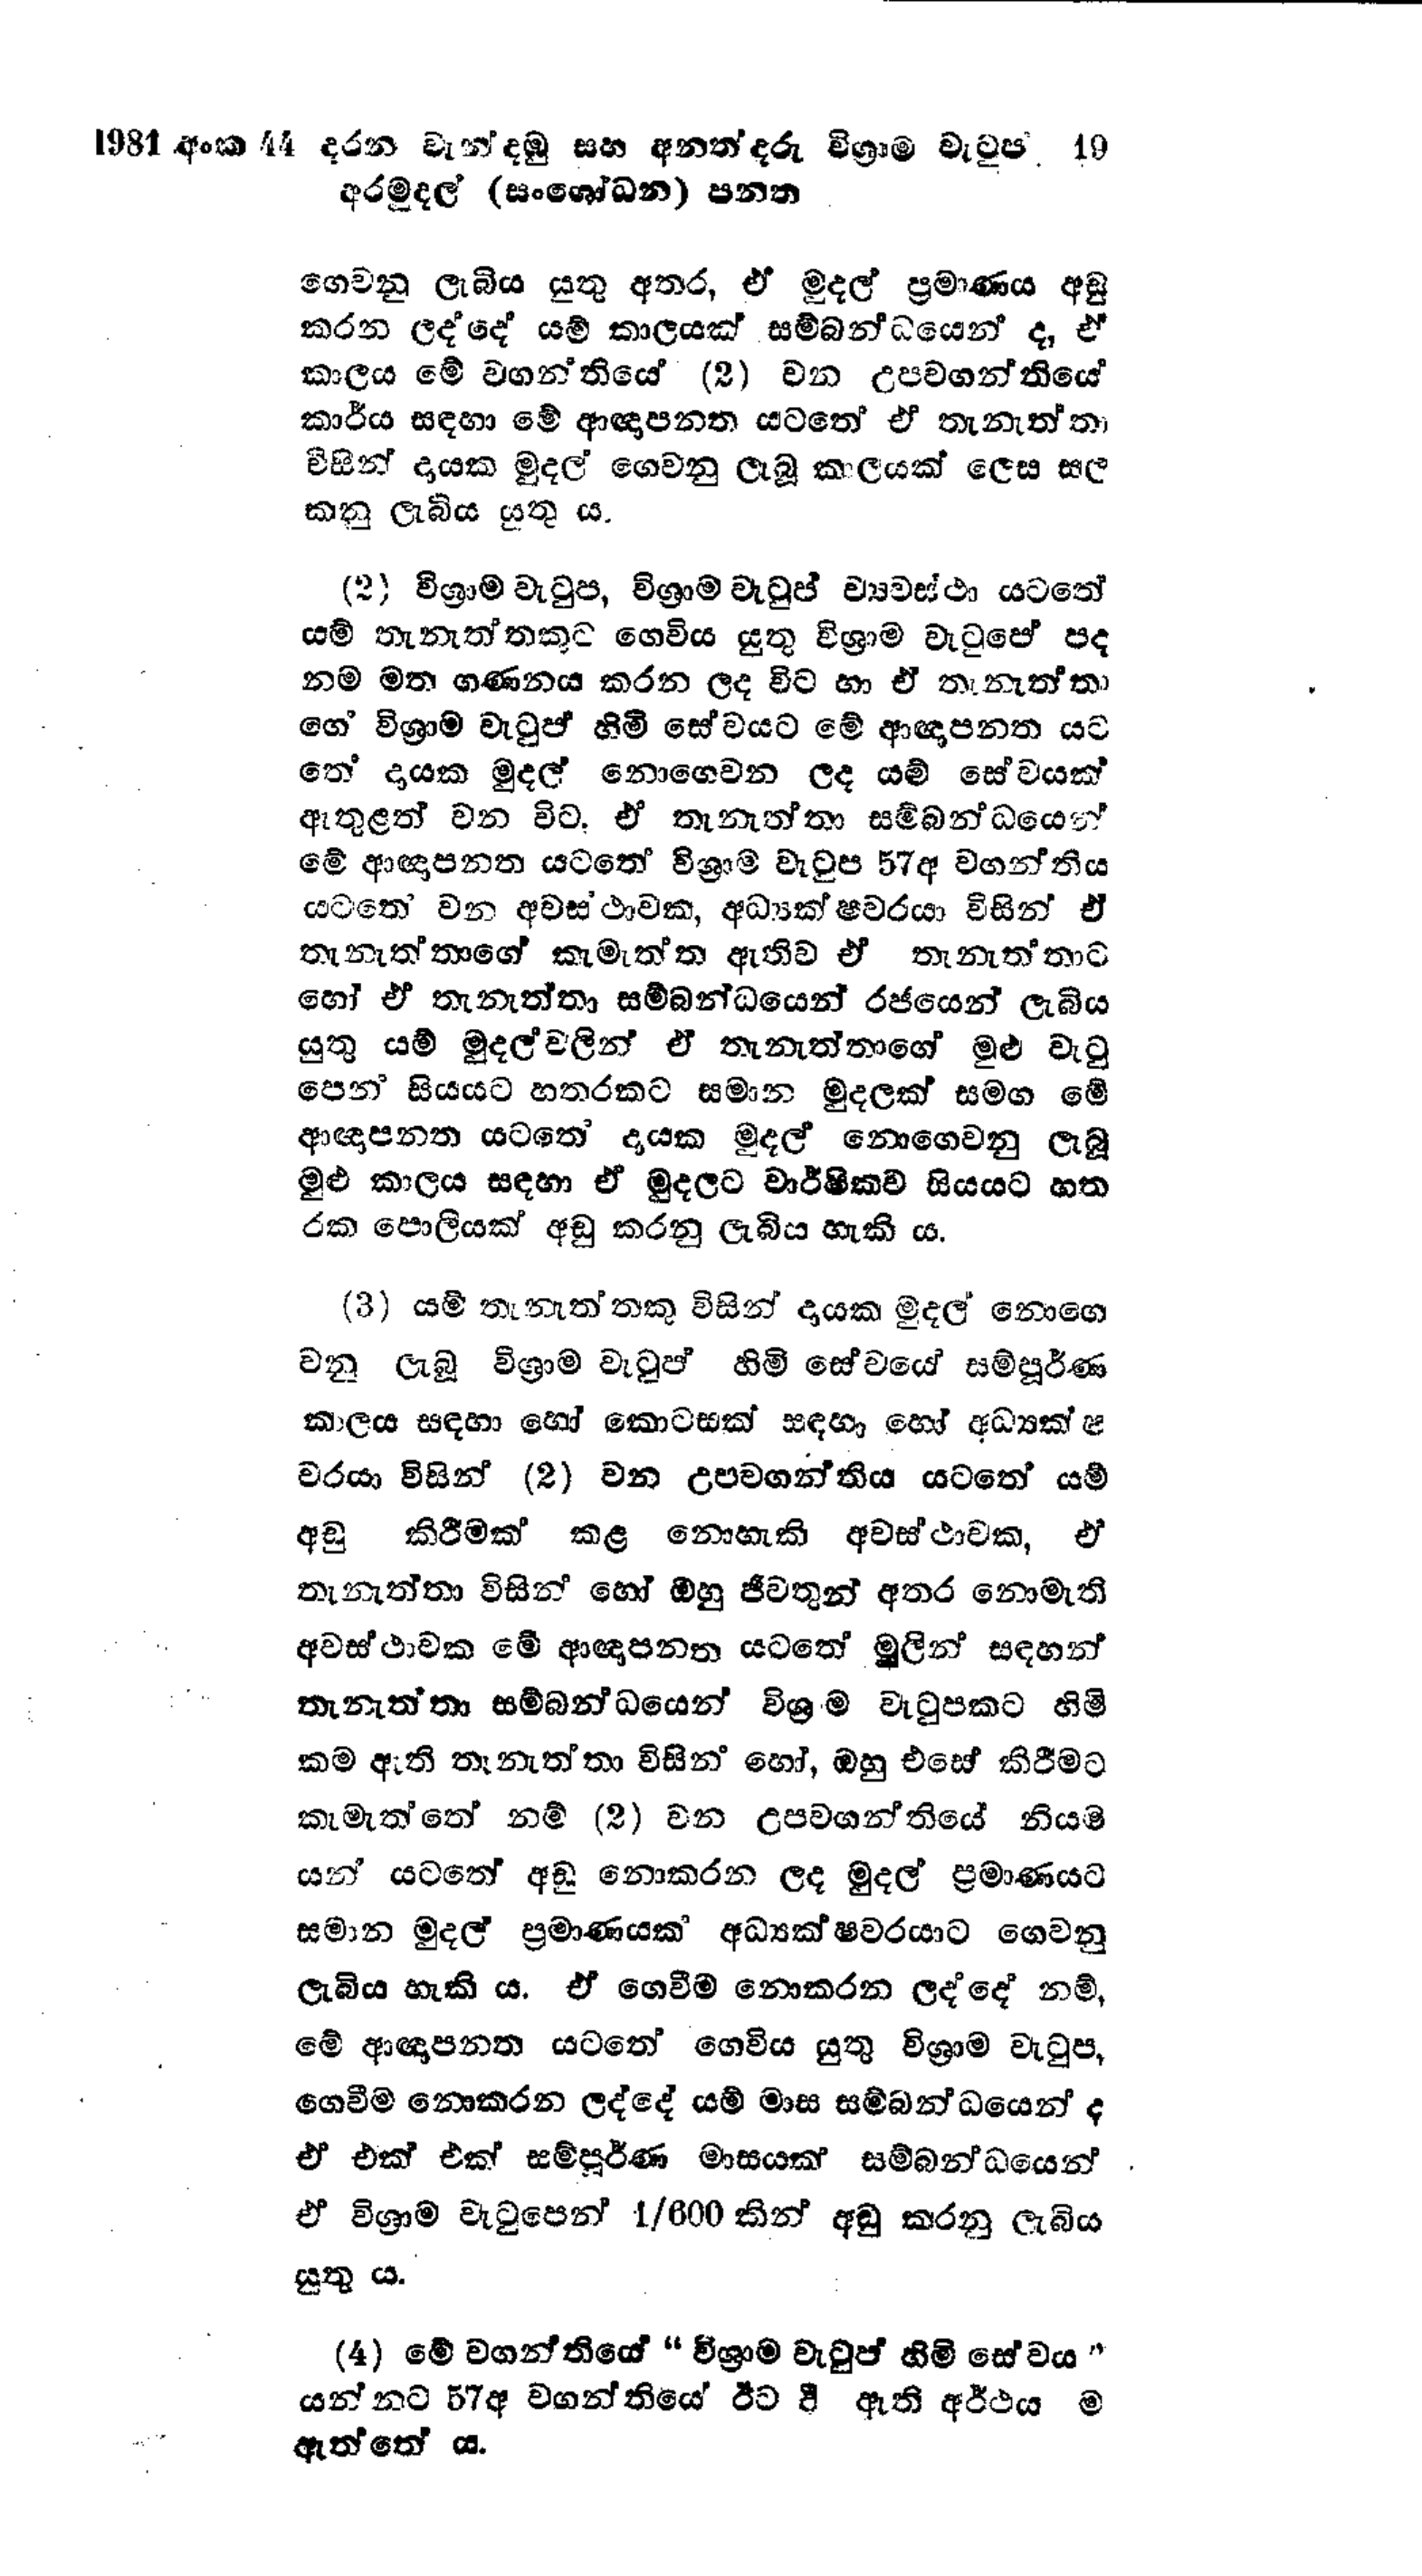
1981 අංක 44 දරන වැන්දඹු සහ අනත්දරු විශ්‍රාම වැටුප්  19
අරමුදල් (සංශෝධන) පනත

ගෙවනු ලැබිය යුතු අතර, ඒ මුදල් ප්‍රමාණය අඩු
කරන ලද්දේ යම් කාලයක් සම්බන්ධයෙන් ද, ඒ
කාලය මේ වගන්තියේ (2) වන උපවගන්තියේ
කාර්ය සඳහා මේ ආඥාපනත යටතේ ඒ තැනැත්තා
විසින් දායක මුදල් ගෙවනු ලැබූ කාලයක් ලෙස සල
කනු ලැබිය යුතුය.

(2) විශ්‍රාම වැටුප, විශ්‍රාම වැටුප් ව්‍යවස්ථා යටතේ
යම් තැනැත්තකුට ගෙවිය යුතු විශ්‍රාම වැටුපේ පද
නම මත ගණනය කරන ලද විට හා ඒ තැනැත්තා
ගේ විශ්‍රාම වැටුප් හිමි සේවයට මේ ආඥාපනත යට
තේ දායක මුදල් නොගෙවන ලද යම් සේවයක්
ඇතුළත් වන විට. ඒ තැනැත්තා සම්බන්ධයෙන්
මේ ආඥාපනත යටතේ විශ්‍රාම වැටුප 57 අ වගන්තිය
යටතේ වන අවස්ථාවක, අධ්‍යක්ෂවරයා විසින් ඒ
තැනැත්තාගේ කැමැත්ත ඇතිව ඒ තැනැත්තාට
හෝ ඒ තැනැත්තා සම්බන්ධයෙන් රජයෙන් ලැබිය
යුතු යම් මුදල් වලින් ඒ තැනැත්තාගේ මුළු වැටු
පෙන් සියයට හතරකට සමාන මුදලක් සමග මේ
ආඥාපනත යටතේ දායක මුදල් නොගෙවනු ලැබූ
මුළු කාලය සඳහා ඒ මුදලට වාර්ෂිකව සියයට හත
රක පොලියක් අඩු කරනු ලැබිය හැකි ය.

(3) යම් තැනැත්තකු විසින් දායක මුදල් නොගෙ
වනු ලැබූ විශ්‍රාම වැටුප් හිමි සේවයේ සම්පූර්ණ
කාලය සඳහා හෝ කොටසක් සඳහා හෝ අධ්‍යක්ෂ
චරයා විසින් (2) වන උපවගන්තිය යටතේ යම්
අඩු කිරීමක් කළ නොහැකි අවස්ථාවක, ඒ
තැනැත්තා විසින් හෝ ඔහු ජීවතුන් අතර නොමැති
අවස්ථාවක මේ ආඥාපනත යටතේ මුලින් සඳහන්
තැනැත්තා සම්බන්ධයෙන් විශ්‍රාම වැටුපකට හිමි
කම ඇති තැනැත්තා විසින් හෝ, ඔහු එසේ කිරීමට
කැමැත්තේ නම් (2) වන උපවගන්තියේ නියම
යන් යටතේ අඩු නොකරන ලද මුදල් ප්‍රමාණයට
සමාන මුදල් ප්‍රමාණයක අධ්‍යක්ෂවරයාට ගෙවනු
ලැබිය හැකි ය. ඒ ගෙවීම නොකරන ලද්දේ නම්,
මේ ආඥාපනත යටතේ ගෙවිය යුතු විශ්‍රාම වැටුප,
ගෙවීම නොකරන ලද්දේ යම් මාස සම්බන්ධයෙන් ද
එ එක් එක් සම්පූර්ණ මාසයක් සම්බන්ධයෙන්.
ඒ විශ්‍රාම වැටුපෙන් 1/600 කින් අඩු කරනු ලැබිය
යුතුය.

(4) මේ වගන්තියේ "විශ්‍රාම වැටුප් හිමි සේවය *
යන්නට 57අ වගන්තියේ ඊට දී ඇති අර්ථය ම
ඇත්තේ ය.